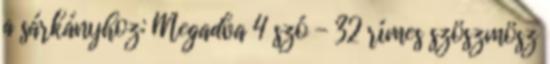
a sárkányhoz: Megadva 4 szó - 32 rímes szöszmösz